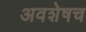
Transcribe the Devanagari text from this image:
अवशेषच